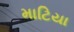
માટિયા